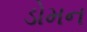
ડોમન